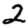
Digit: 2